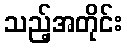
သည့်အတိုင်း